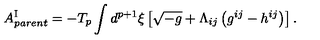
A _ { p a r e n t } ^ { \mathrm { I } } = - T _ { p } \int d ^ { p + 1 } { \xi } \left[ \sqrt { - g } + { \Lambda } _ { i j } \left( g ^ { i j } - h ^ { i j } \right) \right] .